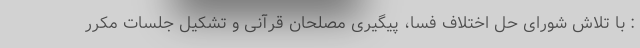
: با تلاش شورای حل اختلاف فسا، پیگیری مصلحان قرآنی و تشکیل جلسات مکرر